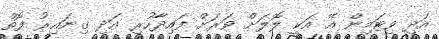
އަދި ވިޓަމިން އޭ އަކީ ލޮލަށް ވަރަށް ފައިދާހުރި އަދި ގިނައިރު ފޮތް